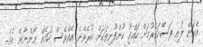
އެކަން ލުއި ފަސޭހަކުރުމަށް ހައްޖު ކުންފުނިތަކަށް ކުރެވޭނެ އެއްވެސް ކަމެއް ނޯންނާނެ އެވެ.